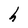
Character: h